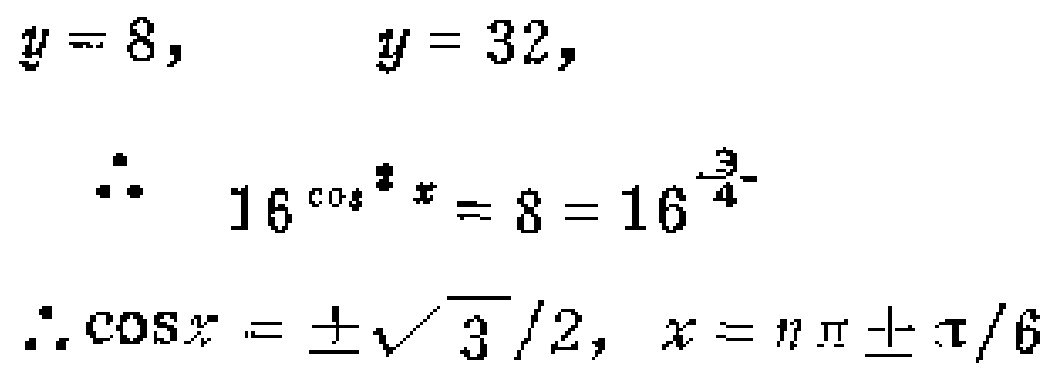
\[

\begin{align*}

y = 8,&&y = 32,\\

\therefore\quad16^{\cos^{2}x}&= 8 = 16^{\frac{3}{4}}\\

\therefore\cos x&=\pm\frac{\sqrt{3}}{2},x = n\pi\pm\frac{\pi}{6}

\end{align*}

\]